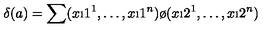
\delta ( a ) = \sum ( x \i 1 ^ { 1 } , \dots , x \i 1 ^ { n } ) \o ( x \i 2 ^ { 1 } , \dots , x \i 2 ^ { n } )